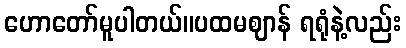
ဟောတော်မူပါတယ်။ပထမဈာန် ရရုံနဲ့လည်း